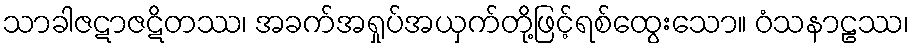
သာခါဇဋာဇဋိတဿ၊ အခက်အရှုပ်အယှက်တို့ဖြင့်ရစ်ထွေးသော။ ဝံသနာဠဿ၊